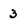
Character: 3